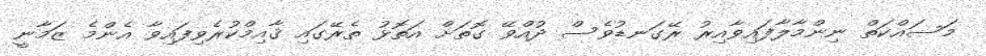
މަސައްކަތް ނިންމާލާފައިވާއިރު ރޭގަނޑުވެސް ދުއްވޭ ގޮތަށް އަތޮޅު ތެރޭގައި ޤާއިމްކުރެވިފައިވާ އެންމެ ޒަމާނީ